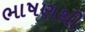
ભાષણથી